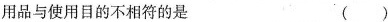
用品与使用目的不相符的是 ( )